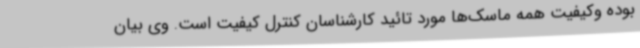
بوده وکیفیت همه ماسک‌ها مورد تائید کارشناسان کنترل کیفیت است. وی بیان